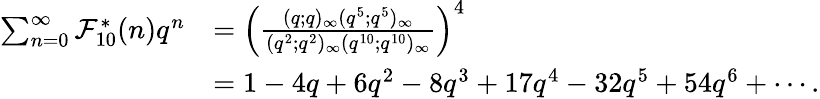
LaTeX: \begin{array}{rl}{\sum_{n=0}^{\infty}\mathcal{F}_{10}^{*}(n)q^{n}}&{=\left(\frac{(q;q)_{\infty}(q^{5};q^{5})_{\infty}}{(q^{2};q^{2})_{\infty}(q^{10};q^{10})_{\infty}}\right)^{4}}\\ &{=1-4q+6q^{2}-8q^{3}+17q^{4}-32q^{5}+54q^{6}+\cdots.}\end{array}